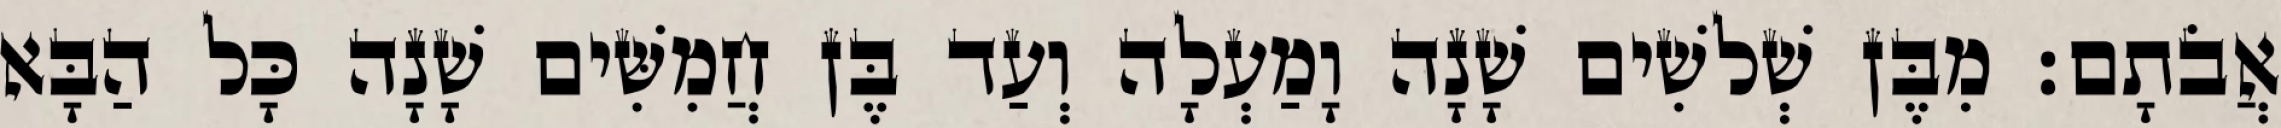
אֲבֹתָם׃ מִבֶּן שְׁלשִׁים שָׁנָה וָמַעְלָה וְעַד בֶּן חֲמִשִּׁים שָׁנָה כָּל הַבָּא